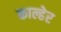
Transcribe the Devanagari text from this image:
काल्हेर